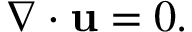
\nabla \cdot \mathbf { u } = 0 .